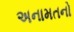
અનામતનો